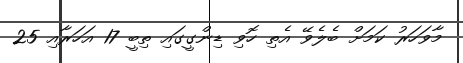
މާވަހަރު ކަމަށް ބެލެވޭ އެތި ހޮވި ޑިންގީގައި ތިބީ 17 އަހަރާއި 25